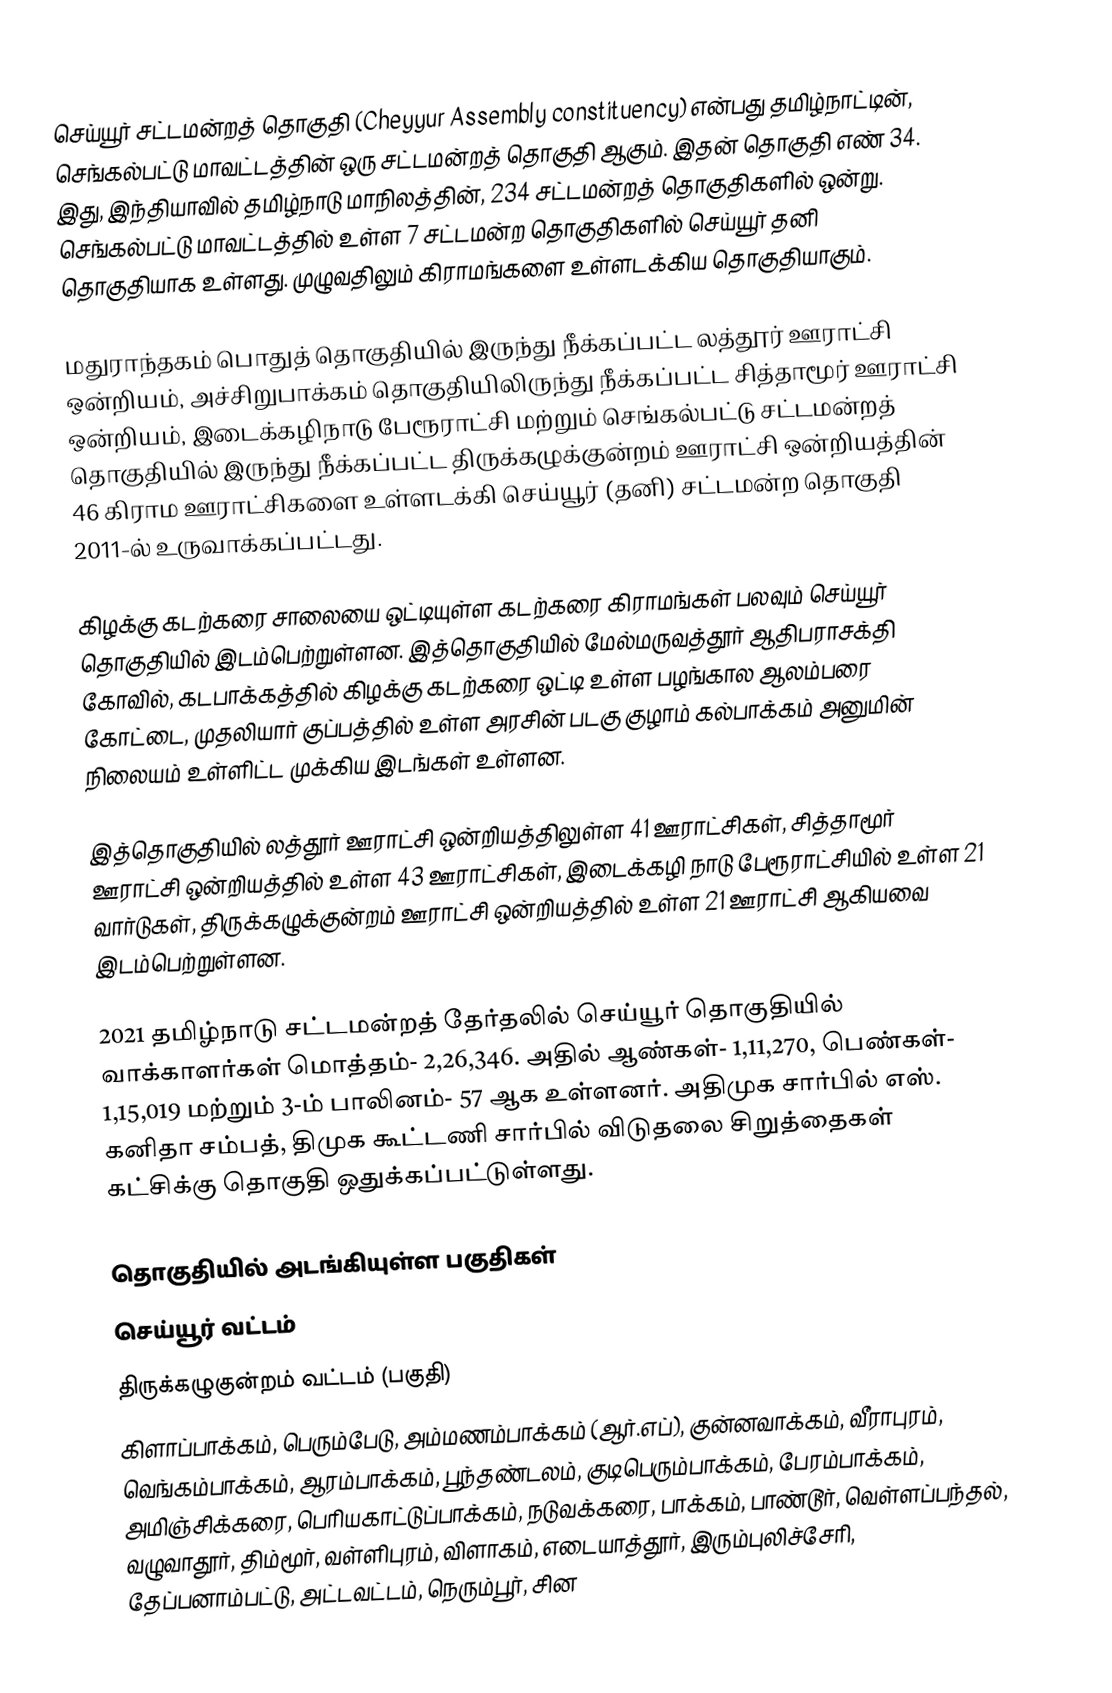
செய்யூர் சட்டமன்றத் தொகுதி (Cheyyur Assembly constituency) என்பது தமிழ்நாட்டின், செங்கல்பட்டு மாவட்டத்தின் ஒரு சட்டமன்றத் தொகுதி ஆகும். இதன் தொகுதி எண் 34. இது, இந்தியாவில் தமிழ்நாடு மாநிலத்தின், 234 சட்டமன்றத் தொகுதிகளில் ஒன்று. செங்கல்பட்டு மாவட்டத்தில் உள்ள 7 சட்டமன்ற தொகுதிகளில் செய்யூர் தனி தொகுதியாக உள்ளது. முழுவதிலும் கிராமங்களை உள்ளடக்கிய தொகுதியாகும்.

மதுராந்தகம் பொதுத் தொகுதியில் இருந்து நீக்கப்பட்ட லத்தூர் ஊராட்சி ஒன்றியம், அச்சிறுபாக்கம் தொகுதியிலிருந்து நீக்கப்பட்ட சித்தாமூர் ஊராட்சி ஒன்றியம், இடைக்கழிநாடு பேரூராட்சி மற்றும் செங்கல்பட்டு சட்டமன்றத் தொகுதியில் இருந்து நீக்கப்பட்ட திருக்கழுக்குன்றம் ஊராட்சி ஒன்றியத்தின் 46 கிராம ஊராட்சிகளை உள்ளடக்கி செய்யூர் (தனி) சட்டமன்ற தொகுதி 2011-ல் உருவாக்கப்பட்டது.

கிழக்கு கடற்கரை சாலையை ஒட்டியுள்ள கடற்கரை கிராமங்கள் பலவும் செய்யூர் தொகுதியில் இடம்பெற்றுள்ளன. இத்தொகுதியில் மேல்மருவத்தூர் ஆதிபராசக்தி கோவில், கடபாக்கத்தில் கிழக்கு கடற்கரை ஒட்டி உள்ள பழங்கால ஆலம்பரை கோட்டை, முதலியார் குப்பத்தில் உள்ள அரசின் படகு குழாம் கல்பாக்கம் அனுமின் நிலையம் உள்ளிட்ட முக்கிய இடங்கள் உள்ளன.

இத்தொகுதியில் லத்தூர் ஊராட்சி ஒன்றியத்திலுள்ள 41 ஊராட்சிகள், சித்தாமூர் ஊராட்சி ஒன்றியத்தில் உள்ள 43 ஊராட்சிகள், இடைக்கழி நாடு பேரூராட்சியில் உள்ள 21 வார்டுகள், திருக்கழுக்குன்றம் ஊராட்சி ஒன்றியத்தில் உள்ள 21 ஊராட்சி ஆகியவை இடம்பெற்றுள்ளன.

2021 தமிழ்நாடு சட்டமன்றத் தேர்தலில் செய்யூர் தொகுதியில் வாக்காளர்கள் மொத்தம்- 2,26,346. அதில் ஆண்கள்- 1,11,270, பெண்கள்- 1,15,019 மற்றும் 3-ம் பாலினம்- 57 ஆக உள்ளனர்.  அதிமுக சார்பில் எஸ். கனிதா சம்பத், திமுக கூட்டணி சார்பில் விடுதலை சிறுத்தைகள் கட்சிக்கு தொகுதி ஒதுக்கப்பட்டுள்ளது.

தொகுதியில் அடங்கியுள்ள பகுதிகள்
செய்யூர் வட்டம்
திருக்கழுகுன்றம் வட்டம் (பகுதி)
கிளாப்பாக்கம், பெரும்பேடு, அம்மணம்பாக்கம் (ஆர்.எப்), குன்னவாக்கம், வீராபுரம், வெங்கம்பாக்கம், ஆரம்பாக்கம், பூந்தண்டலம், குடிபெரும்பாக்கம், பேரம்பாக்கம், அமிஞ்சிக்கரை, பெரியகாட்டுப்பாக்கம், நடுவக்கரை, பாக்கம், பாண்டூர், வெள்ளப்பந்தல், வழுவாதூர், திம்மூர், வள்ளிபுரம், விளாகம், எடையாத்தூர், இரும்புலிச்சேரி, தேப்பனாம்பட்டு, அட்டவட்டம், நெரும்பூர், சின